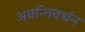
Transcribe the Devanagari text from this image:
अवन्तिवर्धन